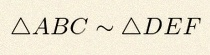
\triangle ABC\sim\triangle DEF